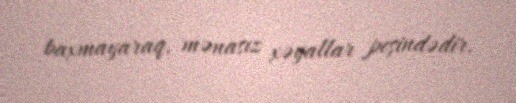
baxmayaraq, mənasız xəyallar peşindədir.